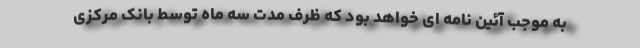
به موجب آئین نامه ای خواهد بود که ظرف مدت سه ماه توسط بانک مرکزی